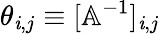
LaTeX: \theta_{\mathit{i},j}\equiv[\mathbb{{A}}^{-1}]_{\mathit{i},j}